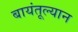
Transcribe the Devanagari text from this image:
बायंतूल्यान